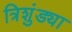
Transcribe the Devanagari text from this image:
त्रिशुंड्या